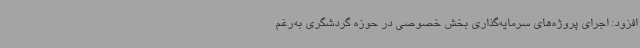
افزود: اجرای پروژه‌های سرمایه‌گذاری بخش خصوصی در حوزه گردشگری به‌رغم